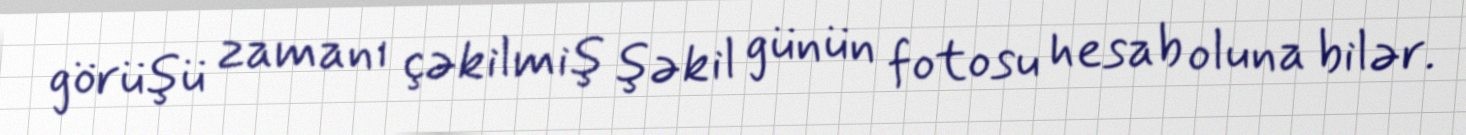
görüşü zamanı çəkilmiş şəkil günün fotosu hesab oluna bilər.